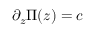
\partial _ { z } \Pi ( z ) = c